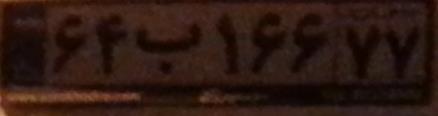
۶۴ب۱۶۶۷۷